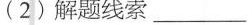
(2)解题线索___